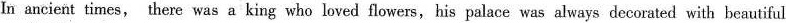
In ancient times, there was a king who loved flowers,his palace was always decorated with beautiful